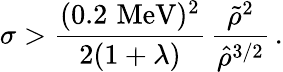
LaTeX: \sigma>\frac{(0.2\, \, \mathrm{MeV})^{2}}{2(1+\lambda)}\, \frac{\tilde{\rho}^{2}}{\hat{\rho}^{3/2}}\, .